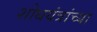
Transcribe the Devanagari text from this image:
शोधयंत्रांच्या